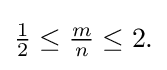
{\textstyle {\frac {1}{2}}\leq {\frac {m}{n}}\leq 2.}